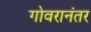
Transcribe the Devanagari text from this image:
गोवरानंतर